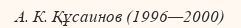
А. К. Құсаинов (1996—2000)